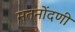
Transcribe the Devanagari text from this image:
मतनोंदणी